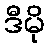
ဒီမို